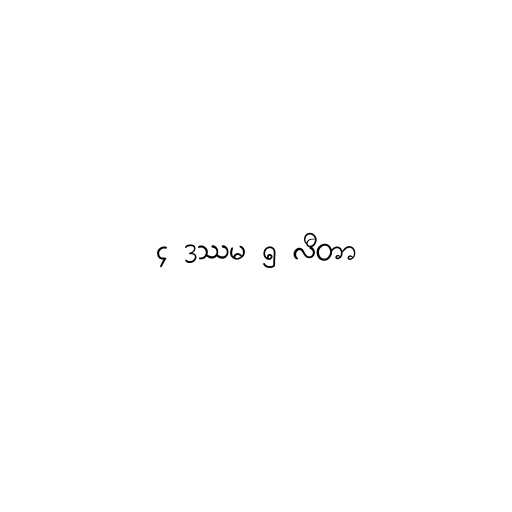
၄ ဒဿမ ၅ လီတာ